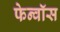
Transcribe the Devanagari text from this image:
फेन्‍वॉस